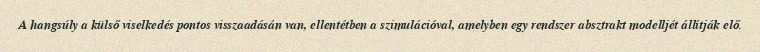
A hangsúly a külső viselkedés pontos visszaadásán van, ellentétben a szimulációval, amelyben egy rendszer absztrakt modelljét állítják elő.